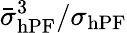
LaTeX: \bar{\sigma}_{\mathrm{hPF}}^{3}/\sigma_{\mathrm{hPF}}